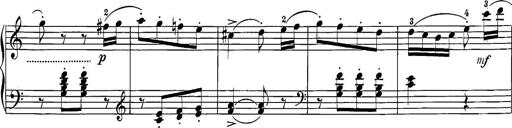
Title: 12 Sonatine per Pianoforte
Composer: Friedrich Kuhlau